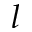
l